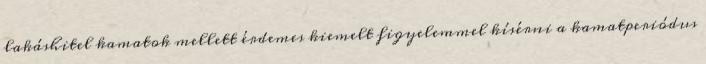
lakáshitel kamatok mellett érdemes kiemelt figyelemmel kísérni a kamatperiódus